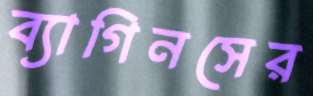
ব্যাগিনসের